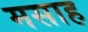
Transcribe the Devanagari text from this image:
मसाह